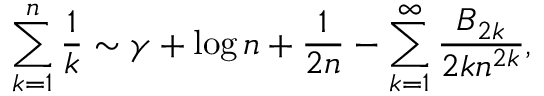
\sum _ { k = 1 } ^ { n } { \frac { 1 } { k } } \sim \gamma + \log n + { \frac { 1 } { 2 n } } - \sum _ { k = 1 } ^ { \infty } { \frac { B _ { 2 k } } { 2 k n ^ { 2 k } } } ,